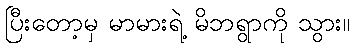
ပြီးတော့မှ မာမားရဲ့ မိဘရွာကို သွား။